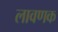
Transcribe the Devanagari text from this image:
लावणक